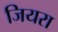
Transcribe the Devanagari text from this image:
जियरा